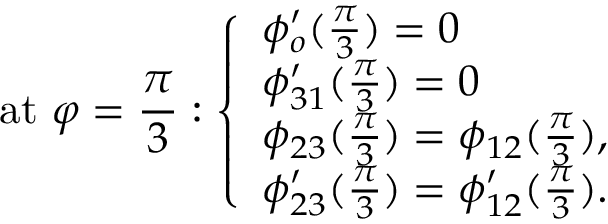
\mathrm { a t ~ } \varphi = \frac { \pi } { 3 } : \left\{ \begin{array} { l l } { \phi _ { o } ^ { \prime } ( \frac { \pi } { 3 } ) = 0 } \\ { \phi _ { 3 1 } ^ { \prime } ( \frac { \pi } { 3 } ) = 0 } \\ { \phi _ { 2 3 } ( \frac { \pi } { 3 } ) = \phi _ { 1 2 } ( \frac { \pi } { 3 } ) , } \\ { \phi _ { 2 3 } ^ { \prime } ( \frac { \pi } { 3 } ) = \phi _ { 1 2 } ^ { \prime } ( \frac { \pi } { 3 } ) . } \end{array} \right.